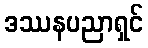
ဒဿနပညာရှင်